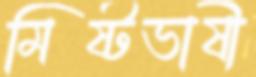
মিষ্টভাষী